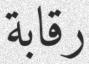
رقابة